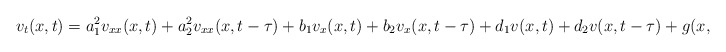
\begin{align*} v_{t}(x, t) = a_{1}^{2} v_{xx}(x, t) + a_{2}^{2} v_{xx}(x, t - \tau) + b_{1} v_{x}(x, t) + b_{2} v_{x}(x, t - \tau) + d_{1} v(x, t) + d_{2} v(x, t - \tau) + g(x, t), \end{align*}